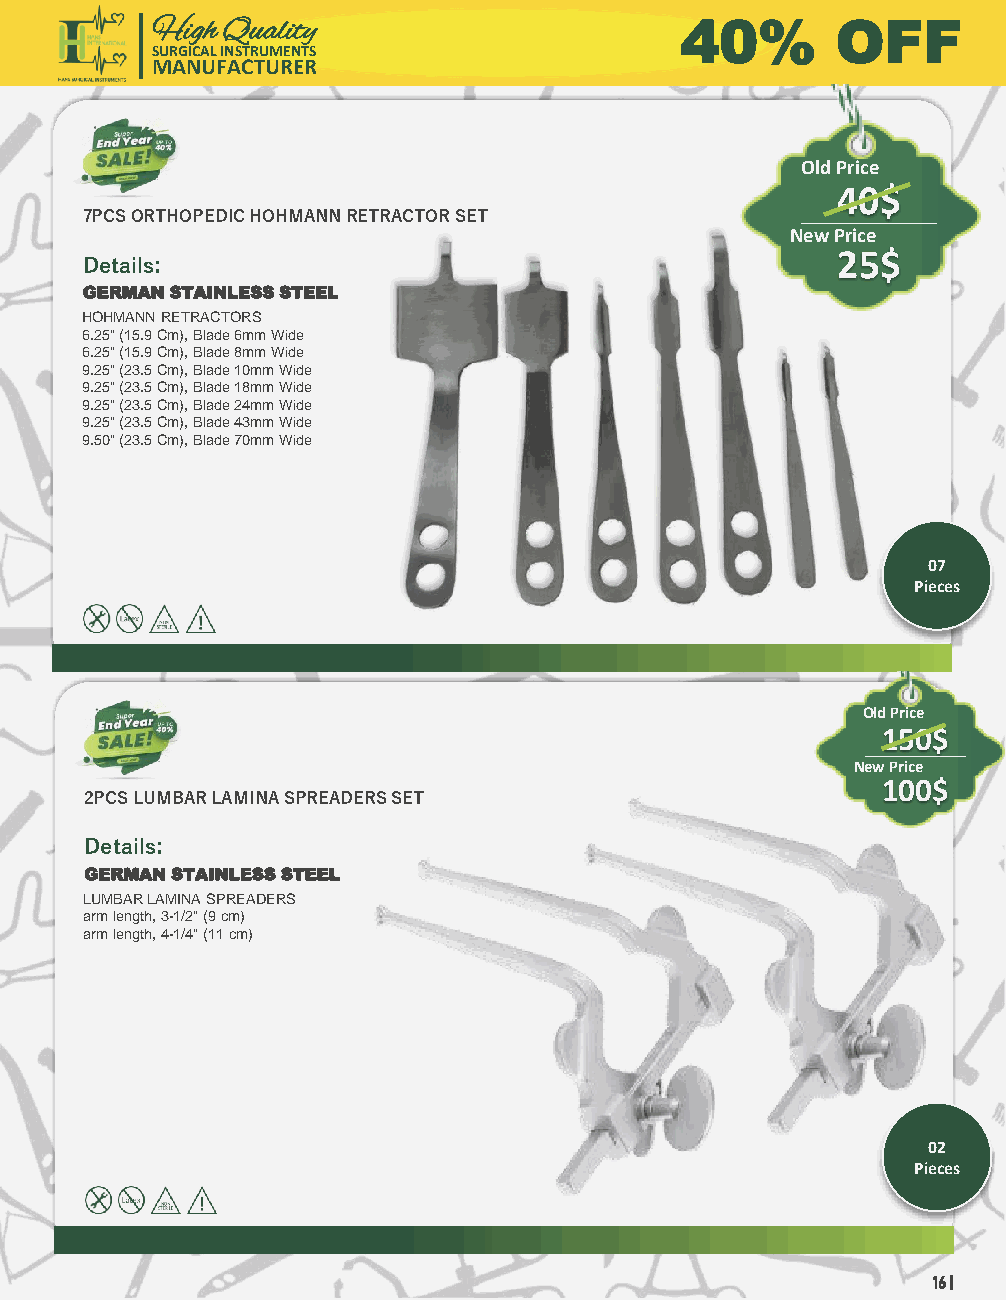
High Quality                       40%       OFF
 SURGICAL INSTRUMENTS
 MANUFACTURER
 Old Price
 40$
 7PCS ORTHOPEDIC HOHMANN RETRACTOR SET
 New Price
 Details:                                          25$
 GERMAN STAINLESS STEEL
 HOHMANN RETRACTORS
 6.25" (15.9 Cm), Blade 6mm Wide
 6.25" (15.9 Cm), Blade 8mm Wide
 9.25" (23.5 Cm), Blade 10mm Wide
 9.25" (23.5 Cm), Blade 18mm Wide
 9.25" (23.5 Cm), Blade 24mm Wide
 9.25" (23.5 Cm), Blade 43mm Wide
 9.50" (23.5 Cm), Blade 70mm Wide
 07
 Pieces
 Old Price
 150$
 New Price
 100$
 2PCS LUMBAR LAMINA SPREADERS SET
 Details:
 GERMAN STAINLESS STEEL
 LUMBAR LAMINA SPREADERS
 arm length, 3-1/2" (9 cm)
 arm length, 4-1/4" (11 cm)
 02
 Pieces
 16 |